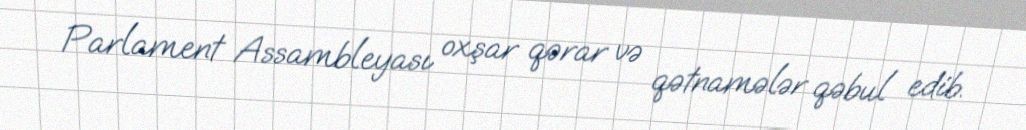
Parlament Assambleyası oxşar qərar və qətnamələr qəbul edib.